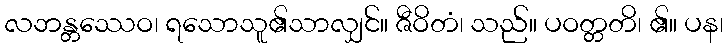
လဘန္တဿေဝ၊ ရသောသူ၏သာလျှင်။ ဇီဝိတံ၊ သည်။ ပဝတ္တတိ၊ ၏။ ပန၊